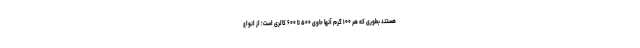
هستند بطوری که هر ۱۰۰ گرم آنها حاوی ۵۰۰ تا ۶۰۰ کالری است؛ از انواع